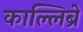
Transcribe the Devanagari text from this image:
काल्लिब्रे